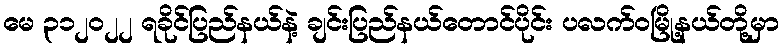
မေ ၃၁၂၀၂၂ ရခိုင်ပြည်နယ်နဲ့ ချင်းပြည်နယ်တောင်ပိုင်း ပလက်ဝမြို့နယ်တို့မှာ